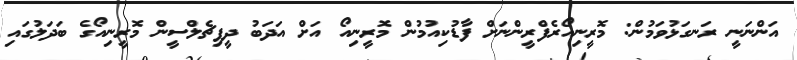
އަންނަނީ ރަނގަޅުވަމުން: މޮރީނިއޯރެފްރީންނަށް ފާޑުކިއުމުން މޮރީނިއޯ އަށް އަދަބު ދީފިޗެލްސީން މޮރީނިއޯގެ ބަދަލުގައި